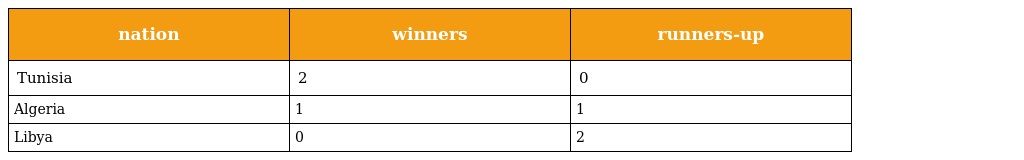
| nation | winners | runners-up |
 | --- | --- | --- |
 | Tunisia | 2 | 0 |
 | Algeria | 1 | 1 |
 | Libya | 0 | 2 |